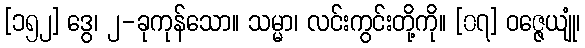
[၁၅၂] ဒွေ၊ ၂-ခုကုန်သော။ သမ္မာ၊ လင်းကွင်းတို့ကို။ [၀၇] ဝဇ္ဇေယျုံ၊